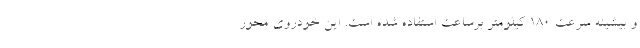
و بیشینه سرعت 180 کیلومتر برساعت استفاده شده است. این خودروی محور